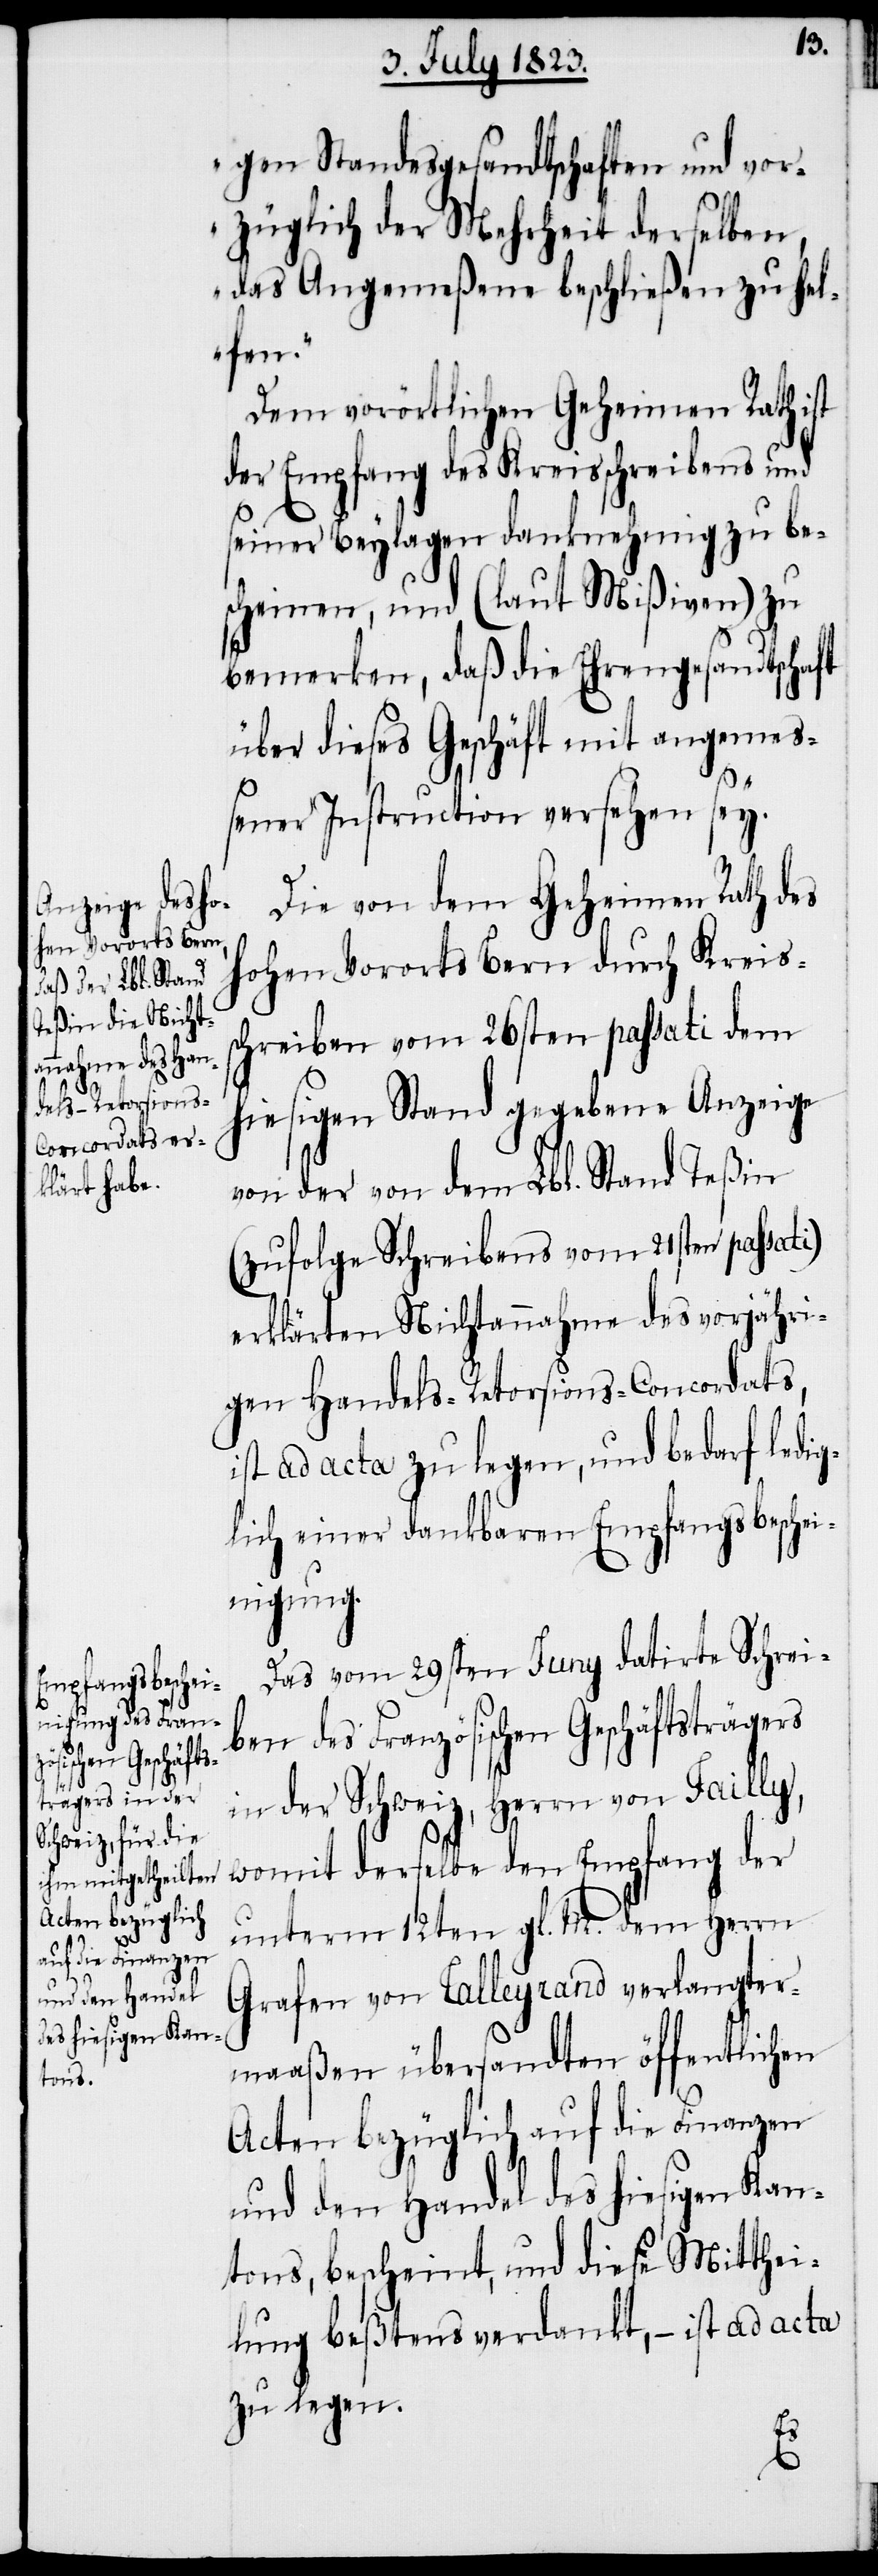
gen Standesgesandtschaften und vor¬
züglich der Mehrheit derselben,
das Angemeßene beschließen zu hel¬
fen.“
Dem vorörtlichen Geheimen Rath ist
der Empfang des Kreisschreibens und
seiner Beylagen danknehmig zu be¬
scheinen, und (laut Mißiven) zu
bemerken, daß die Ehrengesandtschaft
über dieses Geschäft mit angemeß¬
ener Instruction versehen sey.
Die von dem Geheimen Rath des
hohen Vororts Bern durch Kreis¬
schreiben vom 26sten passati dem
hiesigen Stand gegebene Anzeige
von der von dem Lbl. Stand Teßin
(zufolge Schreibens vom 21sten passati)
erklärten Nichtannahme des vorjähri¬
gen Handels-Retorsions-Concordats,
ist ad acta zu legen, und bedarf ledig¬
lich einer dankbaren Empfangsbeschei¬
nigung.
Das vom 29sten Juny datirte Schrei¬
ben des Französischen Geschäftsträgers
in der Schweiz, Herrn von Failly,
womit derselbe den Empfang der
unterm 12ten gl. M. dem Herrn
Grafen von Talleyrand verlangter¬
maaßen übersandten öffentlichen
Acten bezüglich auf die Finanzen
und den Handel des hiesigen Kan¬
tons, bescheint, und diese Mitthei¬
lung beßtens verdankt, − ist ad acta
zu legen.